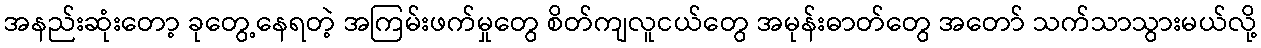
အနည်းဆုံးတော့ ခုတွေ့နေရတဲ့ အကြမ်းဖက်မှုတွေ စိတ်ကျလူငယ်တွေ အမုန်းဓာတ်တွေ အတော် သက်သာသွားမယ်လို့